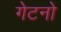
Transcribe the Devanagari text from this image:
गेटनो